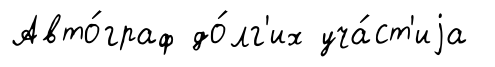
Авто́граф до́лг'их уча́ст'иjа